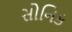
સોનિક